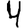
Digit: 4